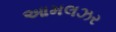
આમલઝર